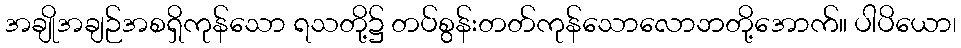
အချိုအချဉ်အစရှိကုန်သော ရသတို့၌ တပ်စွန်းတတ်ကုန်သောလောဘတို့အောက်။ ပါပိယော၊